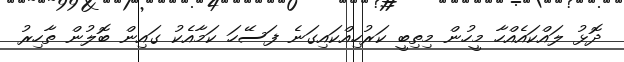
ދޮޅު ލައްކައެއްހާ މީހުން މިތިބީ ކަރުހިއްކައިގަނެ ފަސޭހަ ކަމާއެކު ގައިން ބޮލުން ތާހިރު